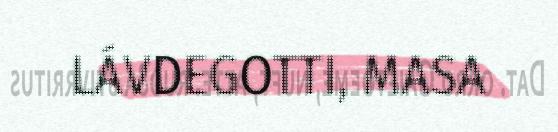
LÁVDEGOTTI, MASA